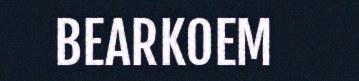
BEARKOEM